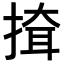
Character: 𢱕